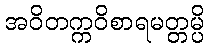
အဝိတက္ကဝိစာရမတ္တမ္ပိ